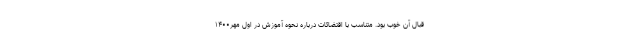
قبال آن خوب بود. متناسب با اقتضائات درباره نحوه آموزش در اول مهر۱۴۰۰